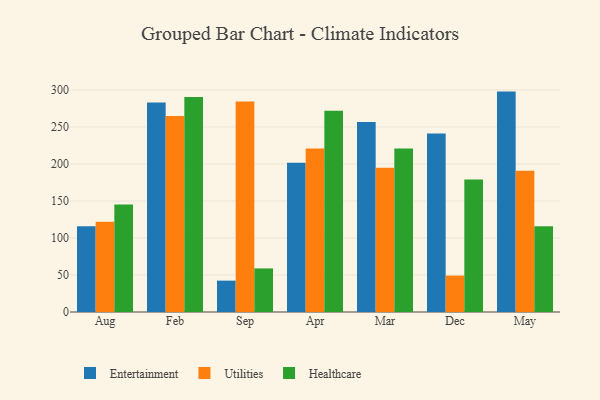
{"axis": {"x": "Month", "y": "Website Visitors"}, "legend": ["Entertainment", "Healthcare", "Utilities"], "data": [{"x": "Aug", "y": 116.0, "type": "Entertainment"}, {"x": "Aug", "y": 122.0, "type": "Utilities"}, {"x": "Aug", "y": 145.1, "type": "Healthcare"}, {"x": "Feb", "y": 283.0, "type": "Entertainment"}, {"x": "Feb", "y": 264.7, "type": "Utilities"}, {"x": "Feb", "y": 290.6, "type": "Healthcare"}, {"x": "Sep", "y": 42.4, "type": "Entertainment"}, {"x": "Sep", "y": 284.5, "type": "Utilities"}, {"x": "Sep", "y": 58.9, "type": "Healthcare"}, {"x": "Apr", "y": 201.7, "type": "Entertainment"}, {"x": "Apr", "y": 220.9, "type": "Utilities"}, {"x": "Apr", "y": 272.0, "type": "Healthcare"}, {"x": "Mar", "y": 256.6, "type": "Entertainment"}, {"x": "Mar", "y": 194.9, "type": "Utilities"}, {"x": "Mar", "y": 220.9, "type": "Healthcare"}, {"x": "Dec", "y": 241.2, "type": "Entertainment"}, {"x": "Dec", "y": 49.2, "type": "Utilities"}, {"x": "Dec", "y": 178.9, "type": "Healthcare"}, {"x": "May", "y": 297.8, "type": "Entertainment"}, {"x": "May", "y": 190.8, "type": "Utilities"}, {"x": "May", "y": 115.8, "type": "Healthcare"}]}